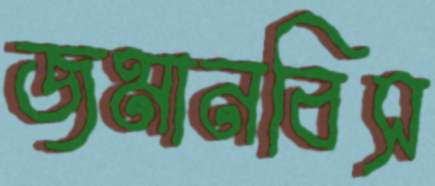
জমানবিস